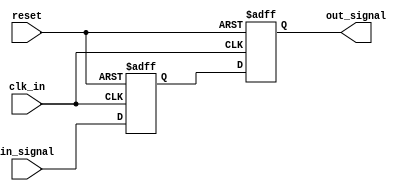
module two_flop_synchronizer (
  input wire clk_in, // input clock signal
  input wire reset, // asynchronous reset signal
  input wire in_signal, // input signal to be synchronized
  output reg out_signal // synchronized output signal
);

reg capture_ff; // capture flip-flop output
reg release_ff; // release flip-flop output

always @(posedge clk_in or posedge reset) begin
  if (reset) begin
    capture_ff <= 1'b0; // reset capture flip-flop
    release_ff <= 1'b0; // reset release flip-flop
  end else begin
    capture_ff <= in_signal; // capture input signal on clk_in edge
    release_ff <= capture_ff; // release synchronized signal on next clk_in edge
  end
end

assign out_signal = release_ff; // output synchronized signal

endmodule